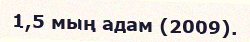
1,5 мың адам (2009).